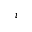
i